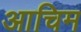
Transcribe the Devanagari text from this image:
आचिम